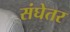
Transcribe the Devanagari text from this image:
संघेतर